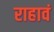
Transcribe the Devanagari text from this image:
राहावं